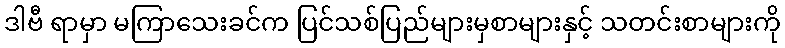
ဒါဗီ ရာမှာ မကြာသေးခင်က ပြင်သစ်ပြည်များမှစာများနှင့် သတင်းစာများကို